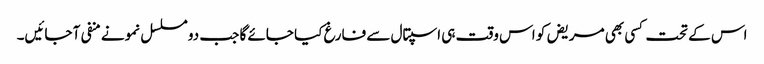
اس کے تحت کسی بھی مریض کو اس وقت ہی اسپتال سے فارغ کیا جائے گا جب دو مسلسل نمونے منفی آ جائیں۔